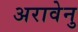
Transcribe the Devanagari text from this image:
अरावेनु